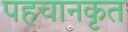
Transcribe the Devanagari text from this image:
पहचानकृत